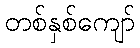
တစ်နှစ်ကျော်